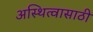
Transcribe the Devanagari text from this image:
अस्थित्वासाठी